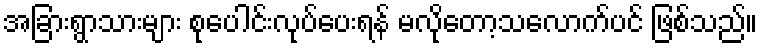
အခြားရွာသားများ စုပေါင်းလုပ်ပေးရန် မလိုတော့သလောက်ပင် ဖြစ်သည်။